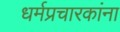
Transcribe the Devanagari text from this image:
धर्मप्रचारकांना